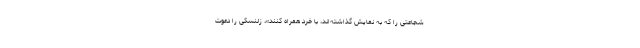
شجاعتی را که به نمایش گذاشته‌اند، با خِرد همراه کنند»، زلنسکی را دعوت